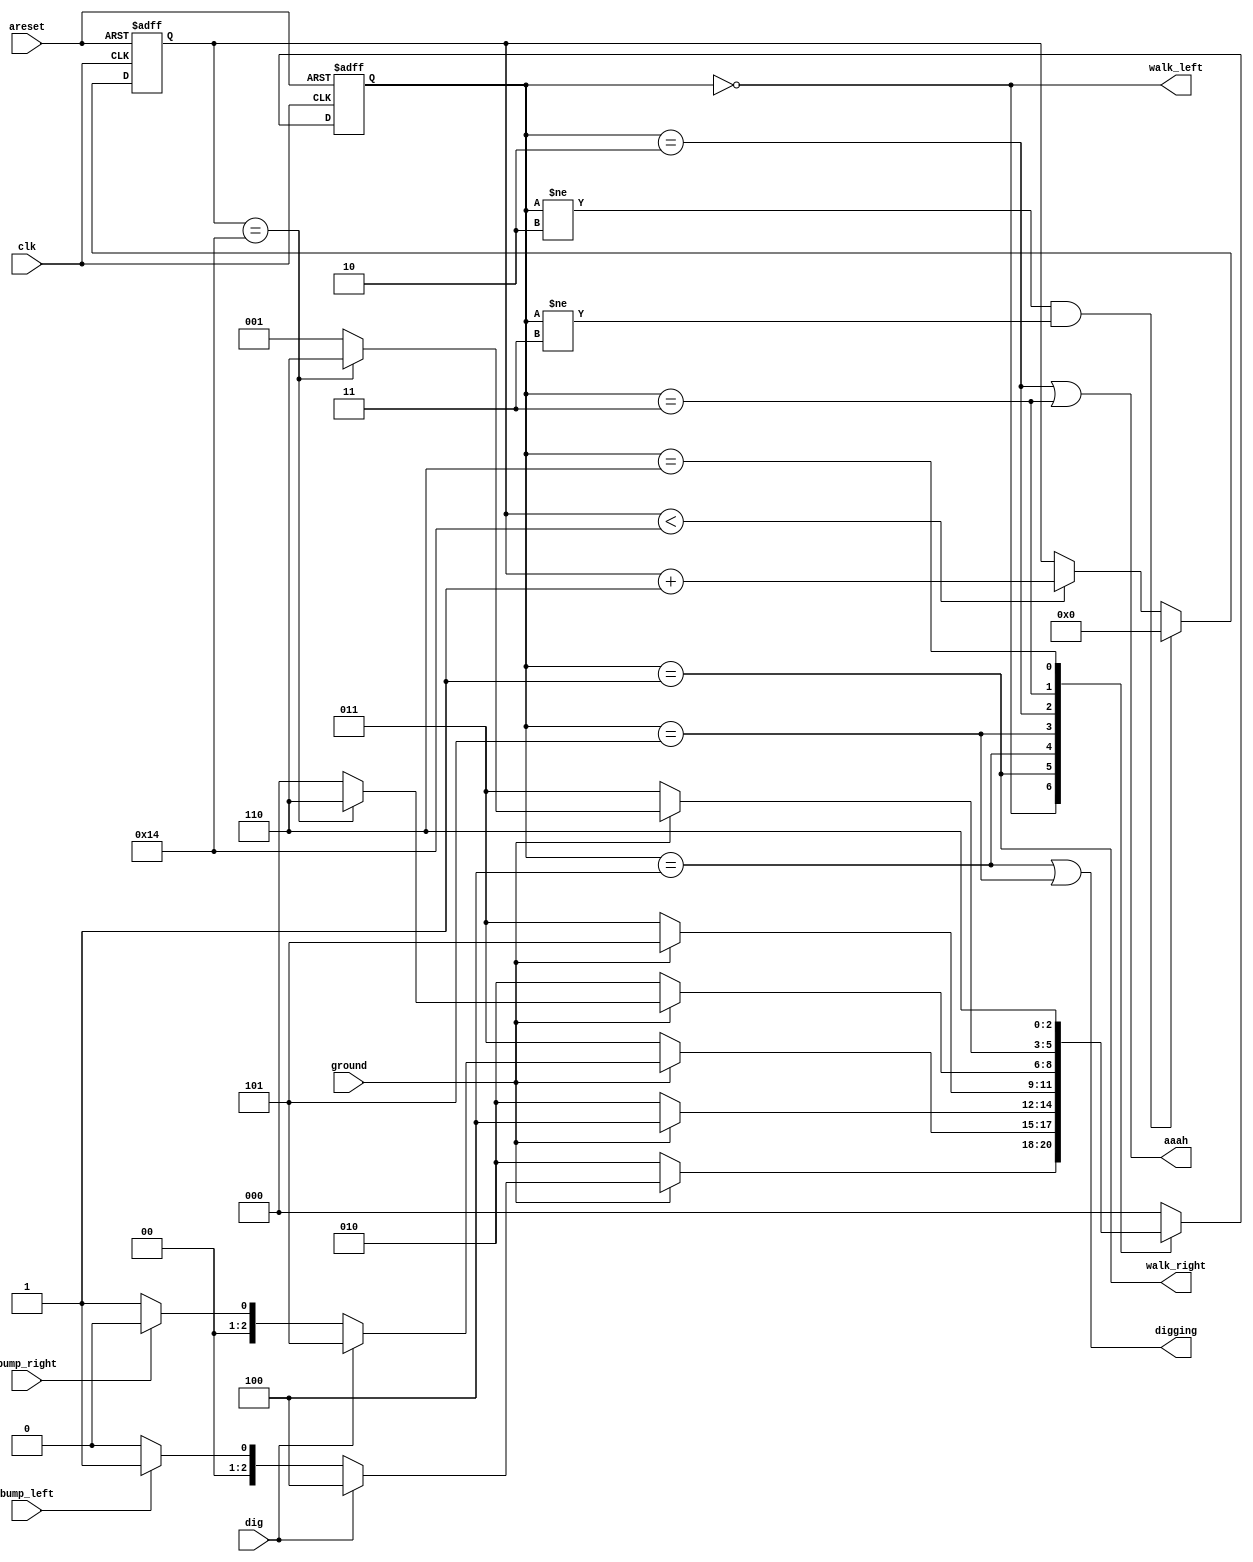
module top_module(
    input clk,
    input areset,    // Freshly brainwashed Lemmings walk left.
    input bump_left,
    input bump_right,
    input ground,
    input dig,
    output walk_left,
    output walk_right,
    output aaah,
    output digging ); 
    
    parameter LEFT = 3'd0;
    parameter RIGHT = 3'd1;
    parameter FALL_L = 3'd2;
    parameter FALL_R = 3'd3;
    parameter DIG_L = 3'd4;
    parameter DIG_R = 3'd5;
    parameter SPLAT = 3'd6;
    
    reg [2:0] state, next_state;
    reg [4:0] acc;
    wire acc_clr;
    wire acc_en;
    wire too_high;

    assign acc_clr = (state != FALL_L) & (state != FALL_R);
    assign too_high = (acc == 5'd20);
    
    always @(posedge clk or posedge areset) begin
        if (areset)
            acc <= 5'h00;
        else if (acc_clr)
            acc <= 5'h00;
        else if (acc <20)
            acc <= acc + 1'b1;
    end
    
    
    always @(*) begin
        case (state)
            LEFT: begin
                if (~ground)
                    next_state = FALL_L;
                else if (dig)
                    next_state = DIG_L;
                else if (bump_left)
                    next_state = RIGHT;
                else
                    next_state = LEFT;
            end
            RIGHT: begin
                if (~ground)
                    next_state = FALL_R;
                else if (dig)
                    next_state = DIG_R;
                else if (bump_right)
                    next_state = LEFT;
                else
                    next_state = RIGHT;
            end
            DIG_L: next_state = ground? DIG_L : FALL_L;
            DIG_R: next_state = ground? DIG_R : FALL_R;
            FALL_L: next_state = ground? (too_high? SPLAT : LEFT) : FALL_L;
            FALL_R: next_state = ground? (too_high? SPLAT : RIGHT) : FALL_R;
            SPLAT: next_state = SPLAT;
            default: next_state = LEFT;
        endcase
    end
    
    always @(posedge clk or posedge areset) begin
        if (areset)
            state <= LEFT;
        else
            state <= next_state;
    end
    
    assign walk_left = state == LEFT;
    assign walk_right = state == RIGHT;
    assign aaah = (state == FALL_L) | (state == FALL_R);
    assign digging = (state == DIG_L) | (state == DIG_R);    

endmodule